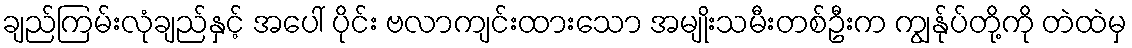
ချည်ကြမ်းလုံချည်နှင့် အပေါ် ပိုင်း ဗလာကျင်းထားသော အမျိုးသမီးတစ်ဦးက ကျွန်ုပ်တို့ကို တဲထဲမှ